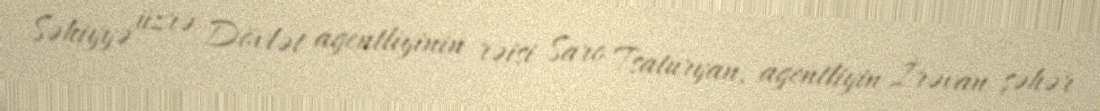
Səhiyyə üzrə Dövlət agentliyinin rəisi Saro Tsaturyan, agentliyin İrəvan şəhər